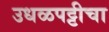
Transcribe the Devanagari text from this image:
उधळपट्टीचा